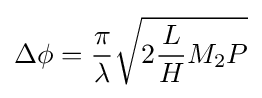
\Delta \phi ={\frac {\pi }{\lambda }}{\sqrt {2{\frac {L}{H}}M_{2}P}}